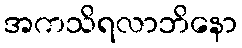
အကသိရလာဘိနော